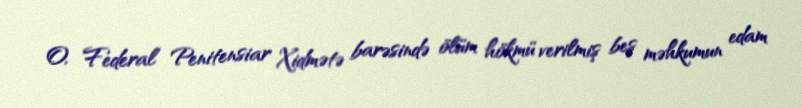
O, Federal Penitensiar Xidmətə barəsində ölüm hökmü verilmiş beş məhkumun edam